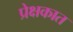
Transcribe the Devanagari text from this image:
प्रेक्षकात